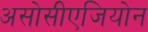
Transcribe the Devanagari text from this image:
असोसीएजियोन